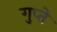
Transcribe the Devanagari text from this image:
गुप्‍ते